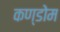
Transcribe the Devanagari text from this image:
कण्डोम